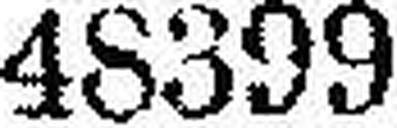
48399